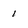
Character: 1